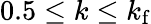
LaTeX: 0.5\le k\le k_{\mathrm{f}}